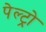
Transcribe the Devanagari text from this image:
पेल्ट्रो